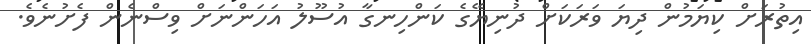
އިތުރަށް ކިޔަމުން ދިޔަ ވަރަކަށް ދުނިޔޭގެ ކަންހިނގާ އުސޫލު އަހަންނަށް ވިސްނެން ފެށުނެވެ.